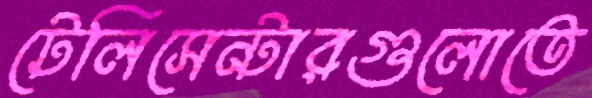
টেলিসেন্টারগুলোতে